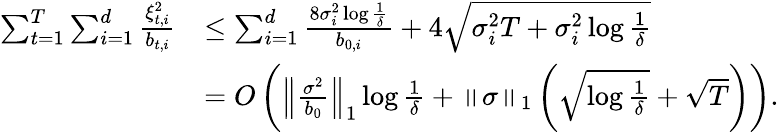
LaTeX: \begin{array}{rl}{\sum_{t=1}^{T}\sum_{i=1}^{d}\frac{\xi_{t,i}^{2}}{b_{t,i}}}&{\le\sum_{i=1}^{d}\frac{8\sigma_{i}^{2}\log\frac{1}{\delta}}{b_{0,i}}+4\sqrt{\sigma_{i}^{2}T+\sigma_{i}^{2}\log\frac{1}{\delta}}}\\ &{=O\left(\left\Vert\frac{\sigma^{2}}{b_{0}}\right\Vert_{1}\log\frac{1}{\delta}+\left\Vert\sigma\right\Vert_{1}\left(\sqrt{\log\frac{1}{\delta}}+\sqrt{T}\right)\right).}\end{array}